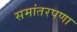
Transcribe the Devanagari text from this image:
समांतरपणा